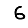
Digit: 6